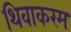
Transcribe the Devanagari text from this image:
थिवाकरम